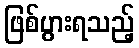
ဖြစ်ပွားရသည့်